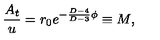
{ \frac { A _ { t } } { u } } = r _ { 0 } e ^ { - { \frac { D - 4 } { D - 3 } } \phi } \equiv M ,